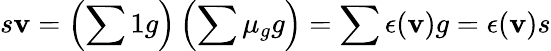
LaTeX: s\mathbf{v}=\left(\sum1g\right)\left(\sum\mu_{g}g\right)=\sum\epsilon(\mathbf{v})g=\epsilon(\mathbf{v})s